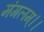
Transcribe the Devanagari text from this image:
मंगलम्।।